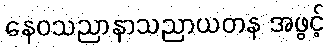
နေဝသညာနာသညာယတန အဖွင့်